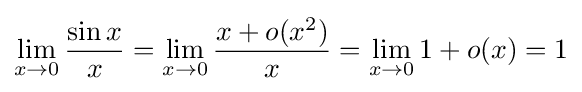
\lim _{x\to 0}{\frac {\sin x}{x}}=\lim _{x\to 0}{\frac {x+o(x^{2})}{x}}=\lim _{x\to 0}1+o(x)=1